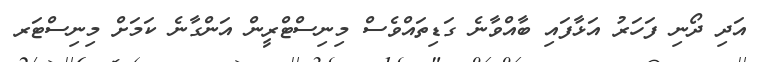
އަދި ދޯނި ފަހަރު އަޅާފައި ބާއްވާނެ ގަޑިތައްވެސް މިނިސްޓްރީން އަންގާނެ ކަމަށް މިނިސްޓަރ